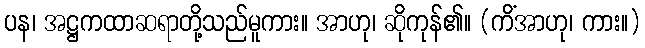
ပန၊ အဋ္ဌကထာဆရာတို့သည်မူကား။ အာဟု၊ ဆိုကုန်၏။ (ကိံအာဟု၊ ကား။)